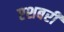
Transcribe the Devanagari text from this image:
एशबरी